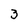
Character: 3